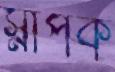
স্নাপক